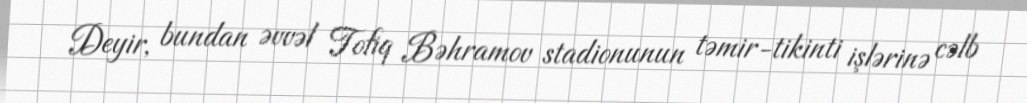
Deyir, bundan əvvəl Tofiq Bəhramov stadionunun təmir-tikinti işlərinə cəlb